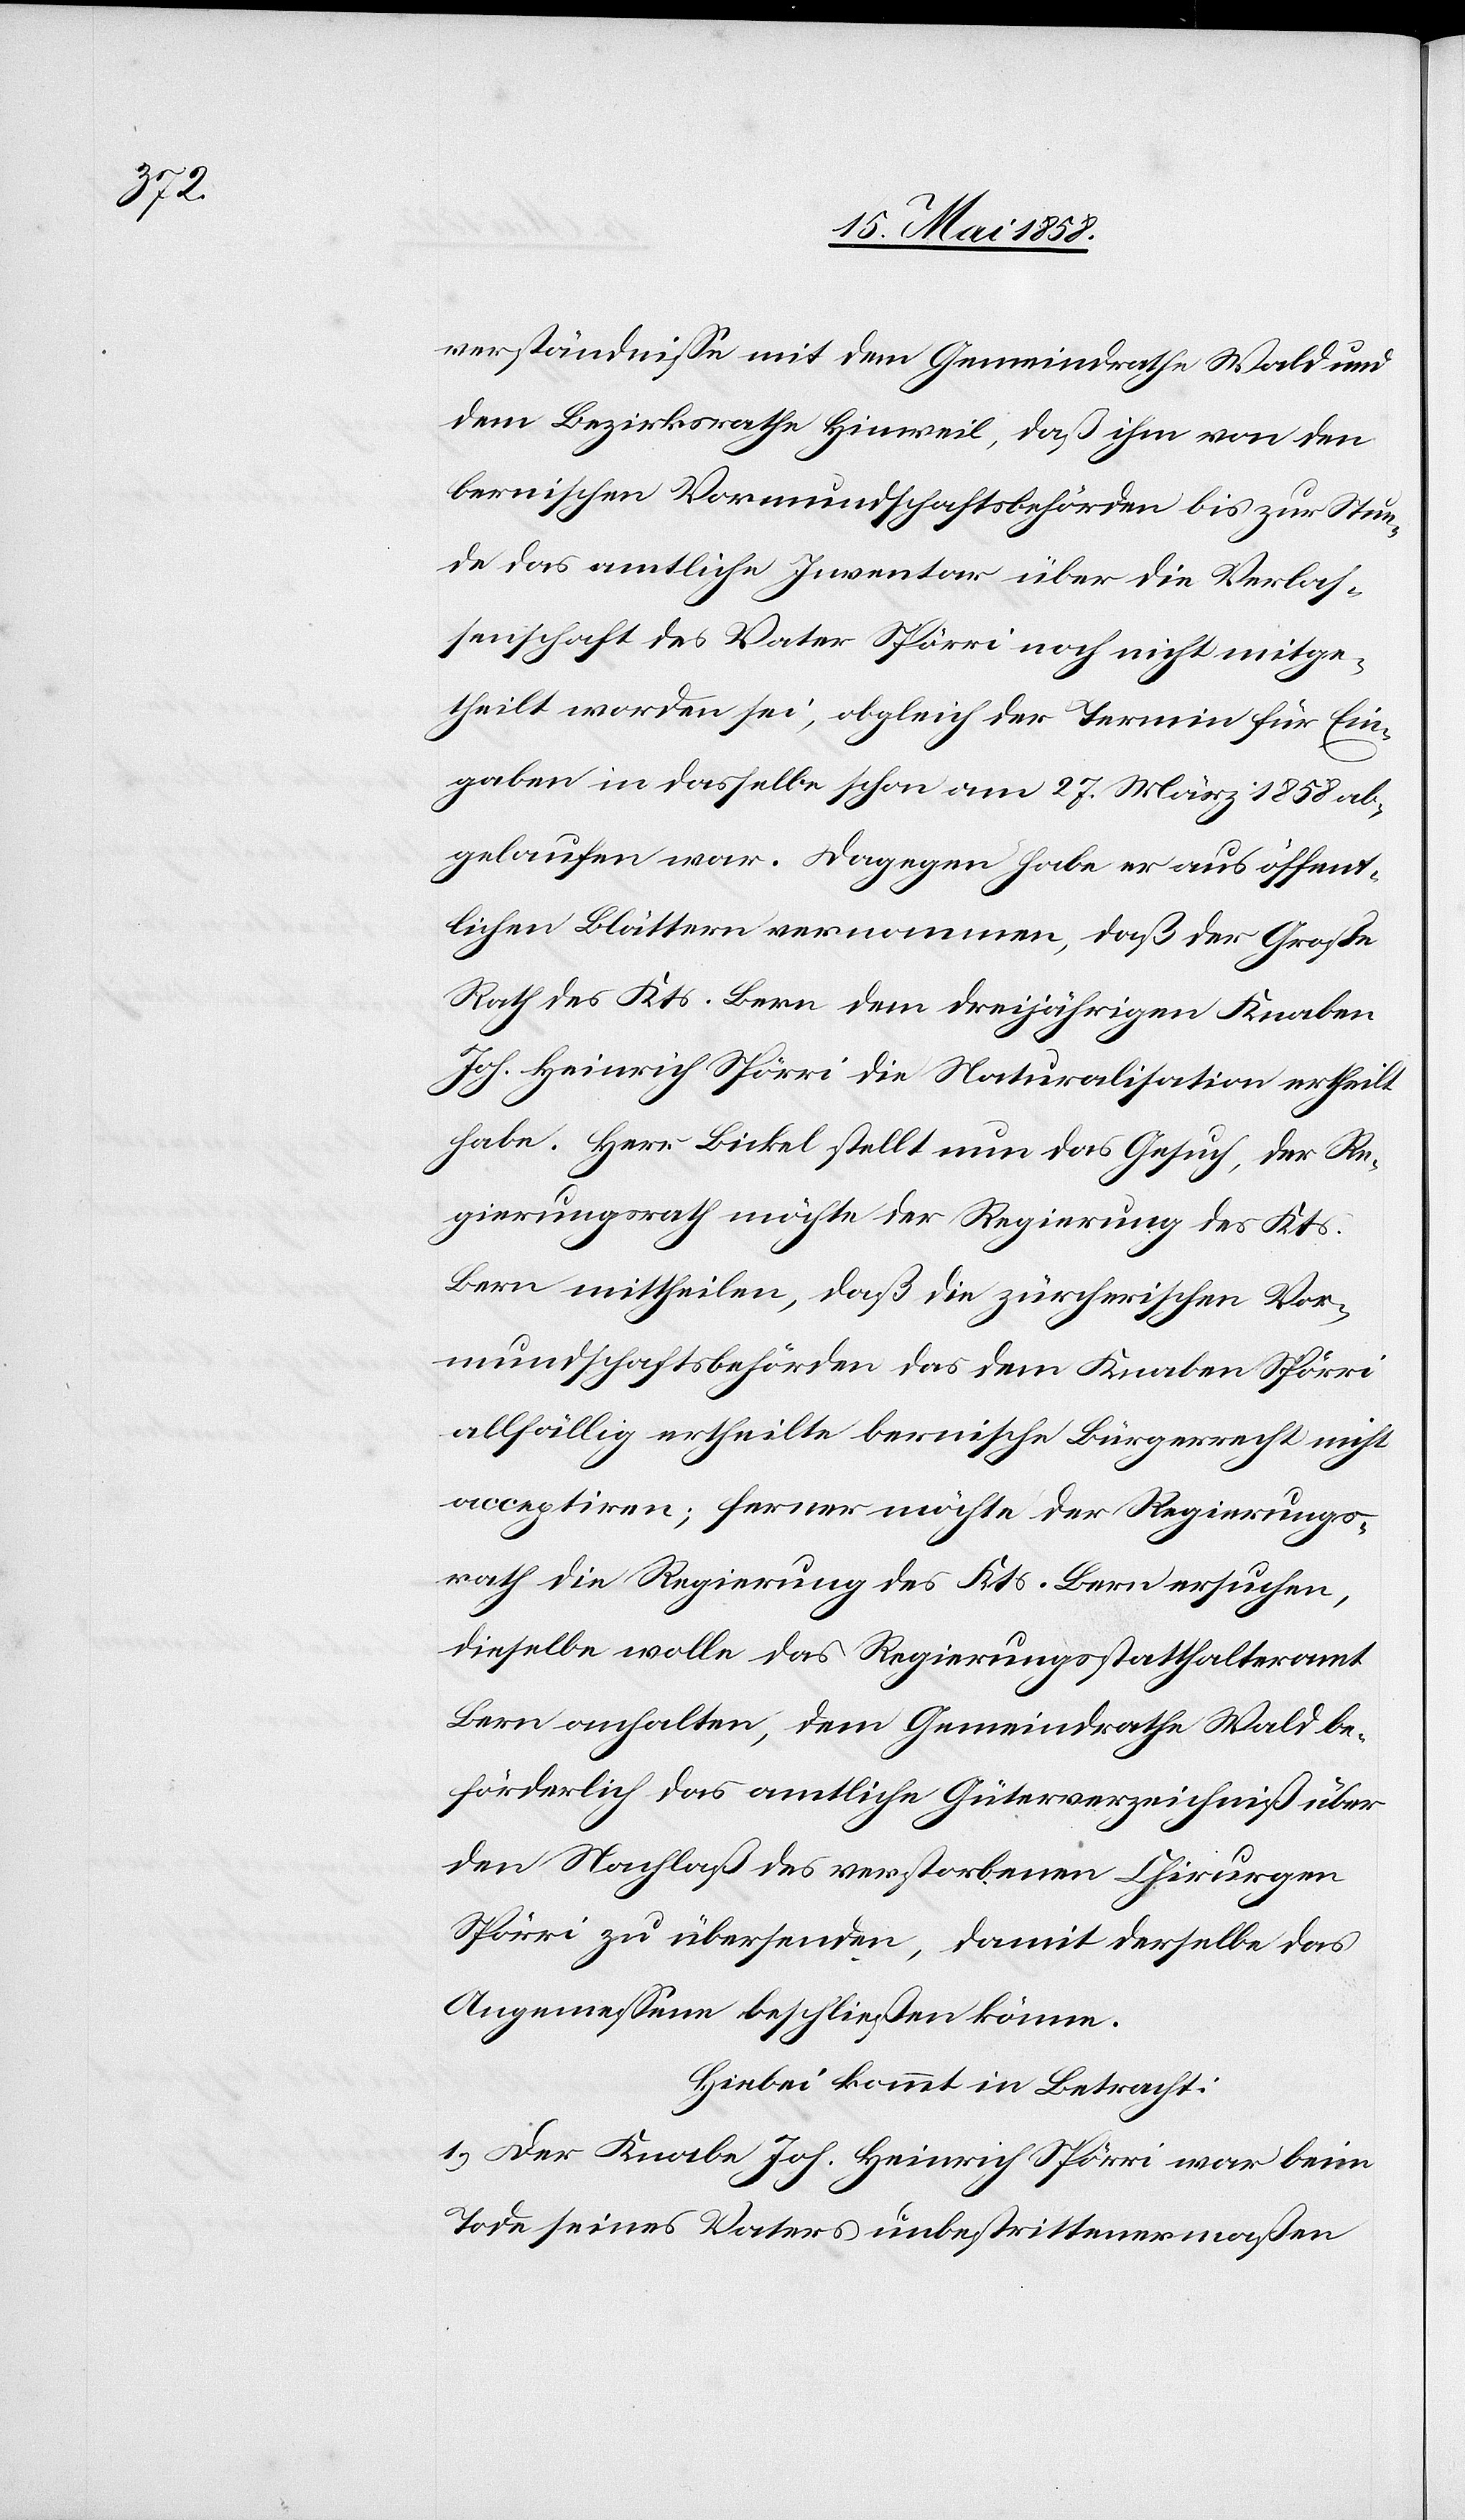
Vor¬

verständnisse mit dem Gemeindrathe Wald und
dem Bezirksrathe Hinweil, daß ihm von den
bernischen Vormundschaftsbehörden bis zur Stun¬
de das amtliche Inventar über die Verlas¬
senschaft des Vater Spörri noch nicht mitge¬
theilt worden sei, obgleich der Termin für Ein¬
gaben in dasselbe schon am 27. März 1858 ab¬
gelaufen war. Dagegen habe er aus öffent¬
lichen Blättern vernommen, daß der Große
Rath des Kts. Bern dem dreijährigen Knaben
Joh. Heinrich Spörri die Naturalisation ertheilt
habe. Herr Bickel stellt nun das Gesuch, der Re¬
gierungsrath möchte der Regierung des Kts.
Bern mittheilen, daß die zürcherischen Vor¬
mundschaftsbehörden das dem Knaben Spörri
allfällig ertheilte bernische Bürgerrecht nicht
acceptiren; ferner möchte der Regierungs¬
rath die Regierung des Kts. Bern ersuchen,
dieselbe wolle das Regierungsstatthalteramt
Bern anhalten, dem Gemeindrathe Wald be¬
förderlich das amtliche Güterverzeichniß über
den Nachlaß des verstorbenen Chirurgen
Spörri zu übersenden, damit derselbe das
Angemessene beschließen könne.
Hiebei kommt in Betracht:
1. Der Knabe Joh. Heinrich Spörri war beim
Tod seines Vaters unbestrittenermaßen